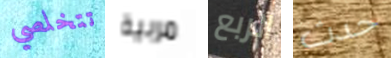
تتخلصي مربية الربع حدث